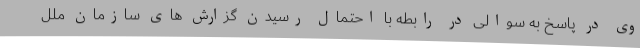
وی در پاسخ به سوالی در رابطه با احتمال رسیدن گزارش های سازمان ملل